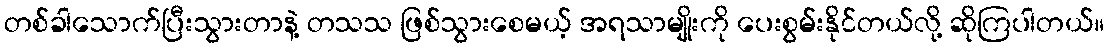
တစ်ခါသောက်ပြီးသွားတာနဲ့ တသသ ဖြစ်သွားစေမယ့် အရသာမျိုးကို ပေးစွမ်းနိုင်တယ်လို့ ဆိုကြပါတယ်။